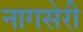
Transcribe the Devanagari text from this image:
नागसेरी